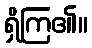
ရှိကြ၏။